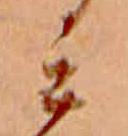
ミ